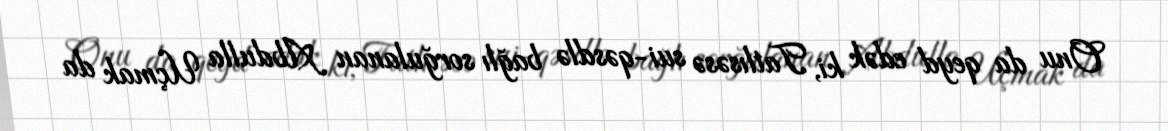
Onu da qeyd edək ki, Tatlısəsə sui-qəsdlə bağlı sorğulanan Abdulla Uçmak da